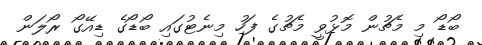
ބޯޑޯ މި މެޗުން މޮޅުވީ މެޗުގެ ފަހު މިނެޓުގައި ބޯޑޯގެ ޑިއޭގޯ ރޯލަން